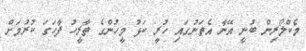
މެކްލޯރިން ބުނީ އޭނާ އެތަނުގައި ހުރީ ކަޅު މީހުންގެ ތާރީހު ފާހަގަ ކުރުމަށް